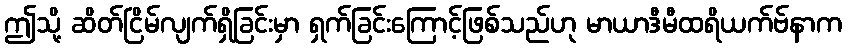
ဤသို့ ဆိတ်ငြိမ်လျက်ရှိခြင်းမှာ ရှက်ခြင်းကြောင့်ဖြစ်သည်ဟု မာယာဒီမီထရိယက်ဗ်နာက